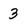
Character: 3